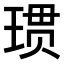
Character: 𪻲